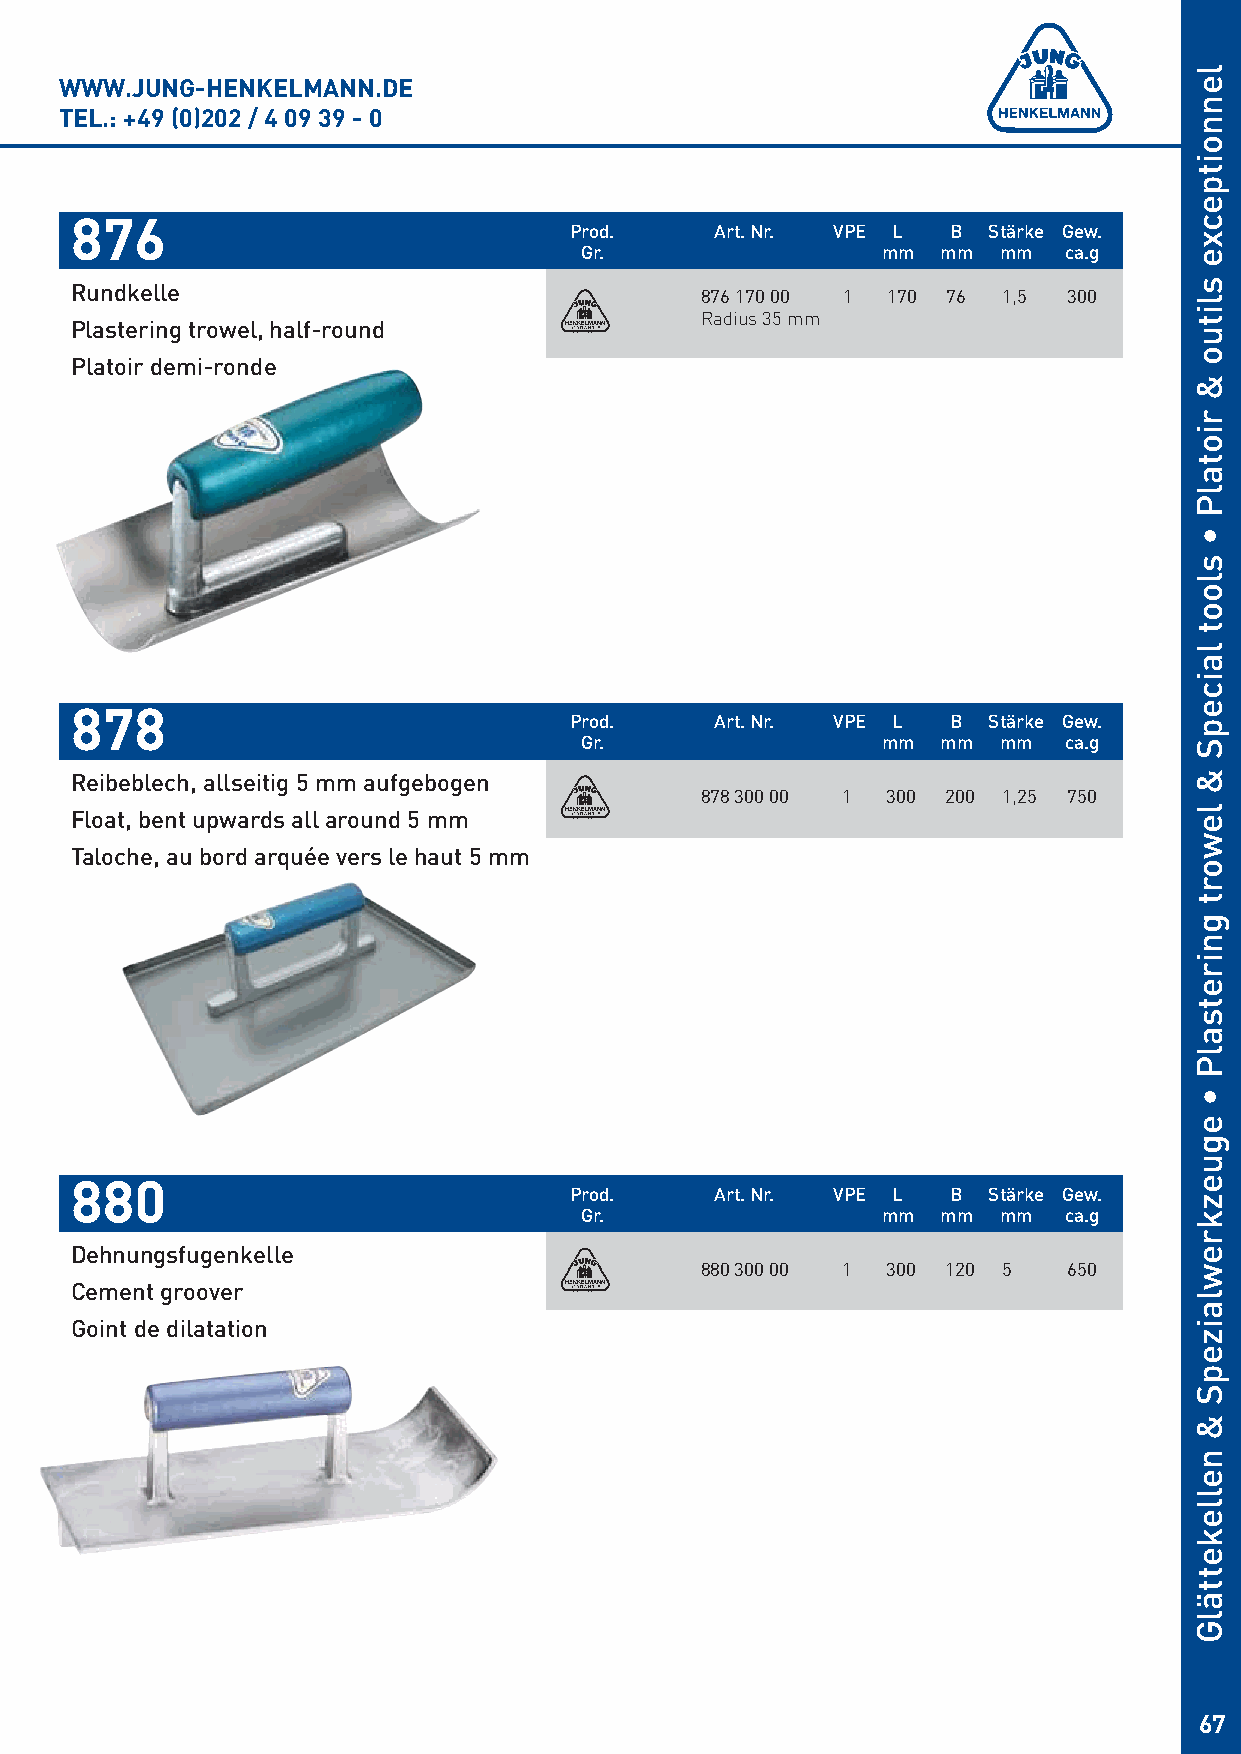
WWW.JUNG-HENKELMANN.DE
 TEL.: +49 (0)202 / 4 09 39 - 0
 876
 Prod.    Art. Nr. VPE L  B Stärke Gew.
 Gr.                 mm  mm  mm  ca.g
 Rundkelle                                876 170 00 1 170 76 1,5  300
 Radius 35 mm
 Plastering trowel, half-round
 Platoir demi-ronde
 878
 Prod.    Art. Nr. VPE L  B Stärke Gew.
 Gr.                 mm  mm  mm  ca.g
 Reibeblech, allseitig 5 mm aufgebogen
 878 300 00 1 300 200 1,25 750
 Float, bent upwards all around 5 mm
 Taloche, au bord arquée vers le haut 5 mm
 880
 Prod.    Art. Nr. VPE L  B Stärke Gew.
 Gr.                 mm  mm  mm  ca.g
 Dehnungsfugenkelle
 880 300 00 1 300 120 5   650
 Cement groover
 Goint de dilatation
 67
 lennoitpecxe
 slituo
 &
 riotalP
 •
 sloot
 laicepS
 &
 lewort
 gniretsalP
 •
 eguezkrewlaizepS
 &
 nellekettälG